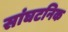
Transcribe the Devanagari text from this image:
सांघटनिक